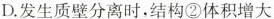
D.发生质壁分离时，结构②体积增大